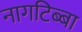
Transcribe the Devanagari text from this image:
नागटिब्बा